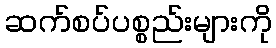
ဆက်စပ်ပစ္စည်းများကို